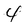
Character: 4